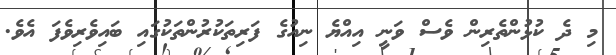
މި ދެ ކުޅުންތެރިން ވެސް ވަނީ އިއްޔެ ނިއުގެ ފަރިތަކުރުންތަކުގައި ބައިވެރިވެފަ އެވެ.